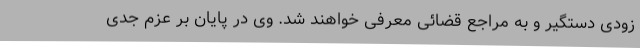
زودی دستگیر و به مراجع قضائی معرفی خواهند شد. وی در پایان بر عزم جدی